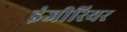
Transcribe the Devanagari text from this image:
इंजीरियर